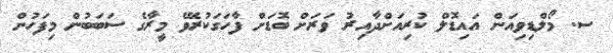
ސ. މޯލްޑިވިއަން އައިޑޮލް ކުރިއަށްދާއިރު ވަރަށް ބޮޑަށް ފާހަގަކުރެވޭ މީރާގެ ސަބަބުން މިފަހުން